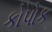
કોપોક